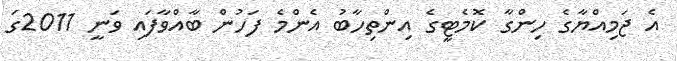
އެ ޖަމިއްޔާގެ ހިންގާ ކޮމެޓީގެ އިންތިހާބު އެންމެ ފަހުން ބާއްވާފައި ވަނީ 2011ގަ